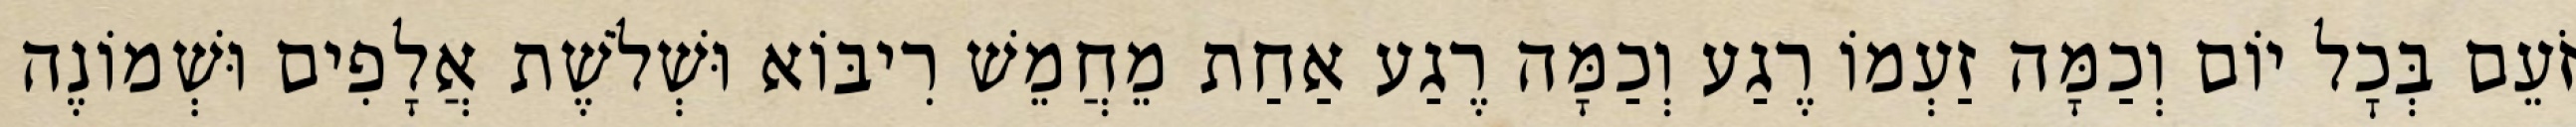
זֹעֵם בְּכׇל יוֹם וְכַמָּה זַעְמוֹ רֶגַע וְכַמָּה רֶגַע אַחַת מֵחֲמֵשׁ רִיבּוֹא וּשְׁלֹשֶׁת אֲלָפִים וּשְׁמוֹנֶה